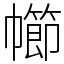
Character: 幯